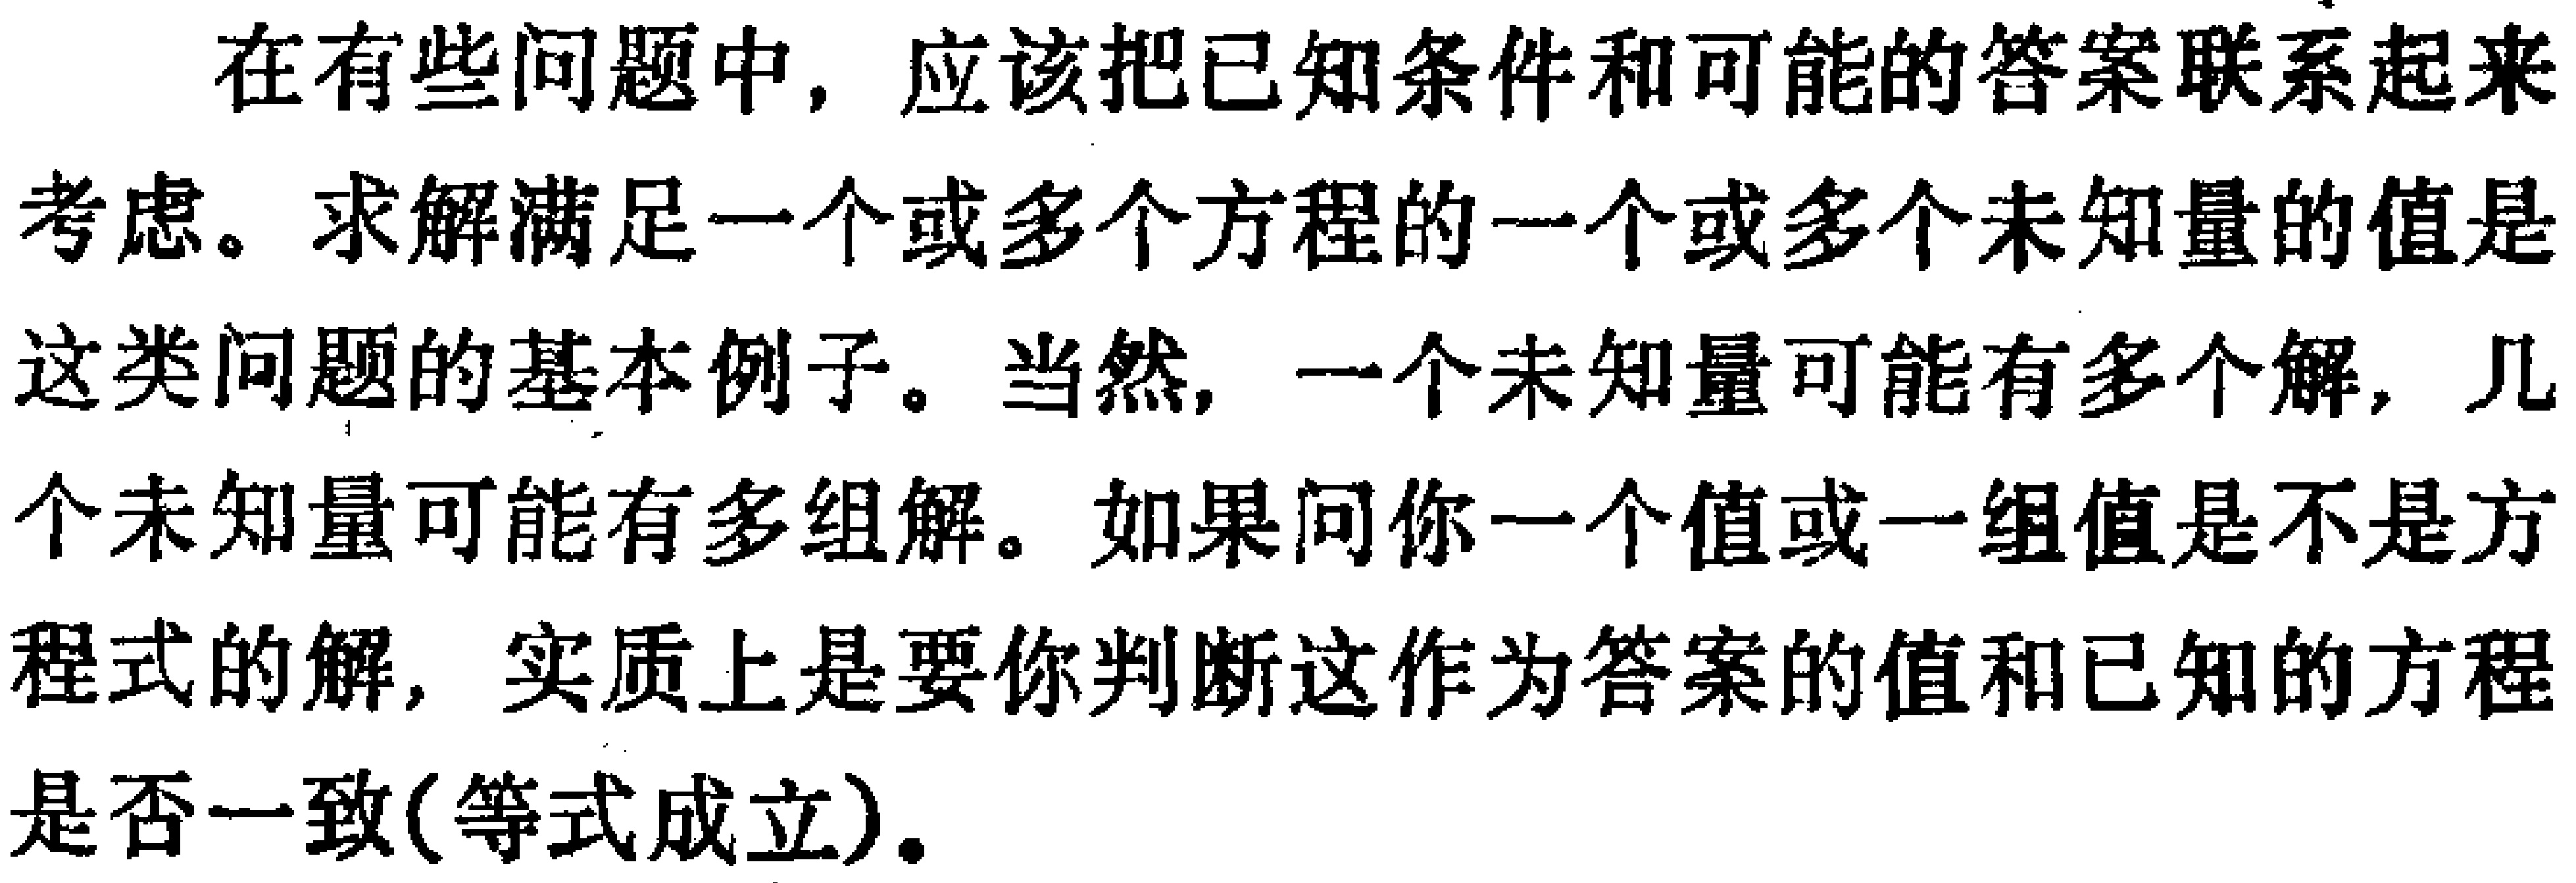
在有些问题中，应该把已知条件和可能的答案联系起来考虑。求解满足一个或多个方程的一个或多个未知量的值是这类问题的基本例子。当然，一个未知量可能有多个解，几个未知量可能有多组解。如果问你一个值或一组值是不是方程式的解，实质上是要你判断这作为答案的值和已知的方程是否一致(等式成立)。